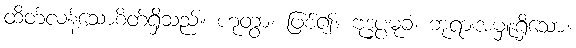
ထိတ်လန့်သောစိတ်ရှိသည်။ ဟုတွာ၊ ဖြစ်၍။ ဗုဒ္ဓပ္ပမုခံ၊ ဘုရားအမှူးရှိသော။